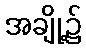
အချို့၌